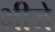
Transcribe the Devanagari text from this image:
भीजे